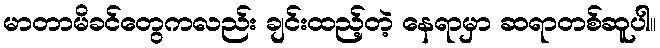
မာတာမိခင်တွေကလည်း ချင်းထည့်တဲ့ နေရာမှာ ဆရာတစ်ဆူပါ။